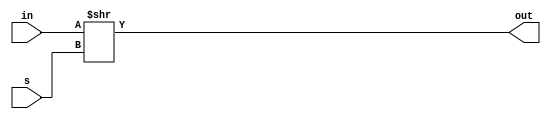
module ror4(
    input [3:0] in,
    input [1:0] s,
    output [3:0] out
    );
    assign out = in >> s; 
endmodule